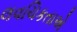
લવચિકતાએ